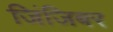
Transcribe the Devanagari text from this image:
जिंजिबर